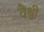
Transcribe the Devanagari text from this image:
वैश्वी